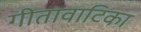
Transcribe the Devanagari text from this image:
गीतावाटिका